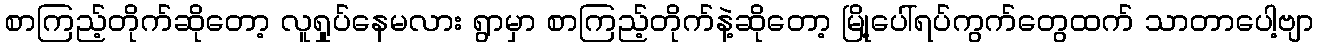
စာကြည့်တိုက်ဆိုတော့ လူရှုပ်နေမလား ရွာမှာ စာကြည့်တိုက်နဲ့ဆိုတော့ မြို့ပေါ်ရပ်ကွက်တွေထက် သာတာပေါ့ဗျာ